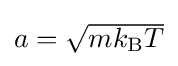
{\textstyle a={\sqrt {mk_{\text{B}}T}}}